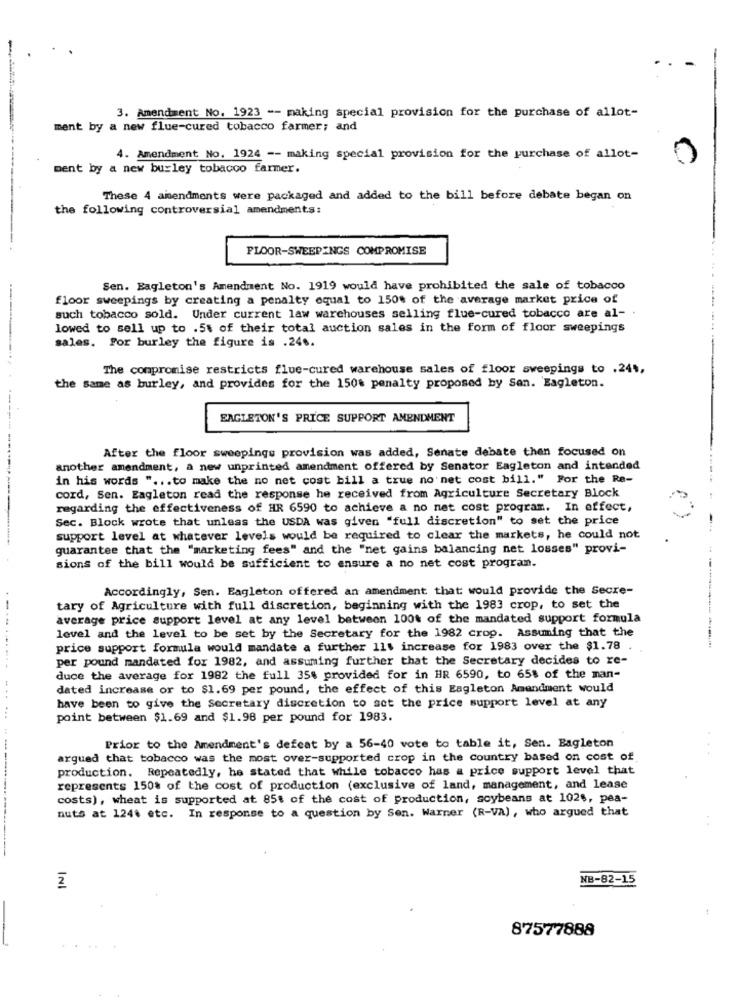
3. Amendment No. 1923 -- making special provision for the purchase of allot-
ment by a new flue-cured tobacco farmer; and
4. Amendment No. 1924 -- making special provision for the purchase of allot-
ment by a new burley tobacco farmer.
These 4 amendments were packaged and added to the bill before debate began on
the following controversial amendments:
FLOOR-SWEEPINGS COMPROMISE
Sen. Eagleton's Amendment No. 1919 would have prohibited the sale of tobacco
floor sweepings by creating a penalty equal to 150% of the average market price of
such tobacco sold. Under current law warehouses selling flue-cured tobacco are al- .
lowed to sell up to .5t of their total auction sales in the form of floor sweepings
sales. For burley the figure is .246.
The compromise restricts flue-cured warehouse sales of floor sweepings to .244,
the same as burley, and provides for the 150% penalty proposed by San. Eagleton.
EAGLETON'S PRICE SUPPORT AMENDMENT
After the floor sweepings provision was added, Senate debate then focused on
another amendment, a new unprinted amendment offered by Senator Eagleton and intended
in his words " ... to make the no net cost bill a true no'net cost bill." For the Re-
cord, Sen. Eagleton read the response he received from Agriculture Secretary Block
regarding the effectiveness of HR 6590 to achieve a no net cost program. In effect,
Sec. Block wrote that unless the USDA was given "full discretion" to set the price
support level at whatever levels would be required to clear the markets, he could not
guarantee that the "marketing fees" and the "net gains balancing net losses" provi-
sions of the bill would be sufficient to ensure a no net cost program.
Accordingly, Sen. Eagleton offered an amendment that would provide the Secre-
tary of Agriculture with full discretion, beginning with the 1983 crop, to set the
average price support level at any level between 100% of the mandated support formula
level and the level to be set by the Secretary for the 1982 crop. Assuming that the
price support formula would mandate a further 11. increase for 1983 over the $1.78
per pound mandated for 1982, and assuming further that the Secretary decides to re-
duce the average for 1982 the full 35% provided for in HR 6590, to 658 of the man-
...
dated increase or to $1.69 per pound, the effect of this Eagleton Amendment would
have been to give the Secretary discretion to set the price support level at any
point between $1.69 and $1.98 per pound for 1983.
Prior to the Amendment's defeat by a 56-40 vote to table it, Sen. Eagleton
argued that tobacco was the most over-supported crop in the country based on cost of
production. Repeatedly, he stated that while tobacco has a price support level that
represents 150% of the cost of production (exclusive of land, management, and lease
costs), wheat is supported at 85% of the cost of production, soybeans at 1026, pea-
nuts at 1246 etc. In response to a question by Sen. Warner (R-VA), who argued that
NB-82-15
87577888